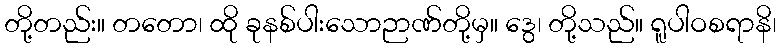
တို့တည်း။ တတော၊ ထို ခုနစ်ပါးသောဉာဏ်တို့မှ။ ဒွေ၊ တို့သည်။ ရူပါဝစရာနိ၊